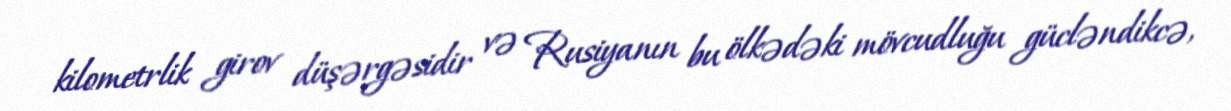
kilometrlik girov düşərgəsidir və Rusiyanın bu ölkədəki mövcudluğu gücləndikcə,